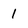
Character: 1